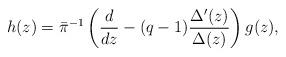
LaTeX: \begin{align*}h(z) = \bar\pi^{-1}\left(\frac{d}{dz} - (q-1)\frac{\Delta'(z)}{\Delta(z)}\right)g(z),\end{align*}